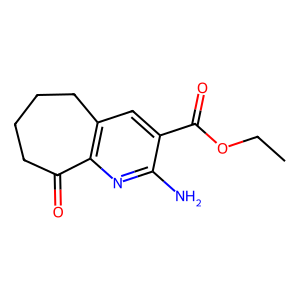
SMILES: CCOC(=O)c1cc2c(nc1N)C(=O)CCCC2
Inhibits HIV replication: No